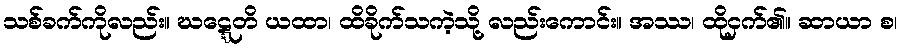
သစ်ခက်ကိုလည်း။ ဃဋ္ဋေတိ ယထာ၊ ထိခိုက်သကဲ့သို့ လည်းကောင်း။ အဿ၊ ထိုငှက်၏။ ဆာယာ စ၊